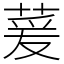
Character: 萲